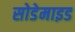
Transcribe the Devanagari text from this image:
सोडेमाइड